Vaccination North-Western Provinces 1866-1877 - 1866-1877
Year: 1866
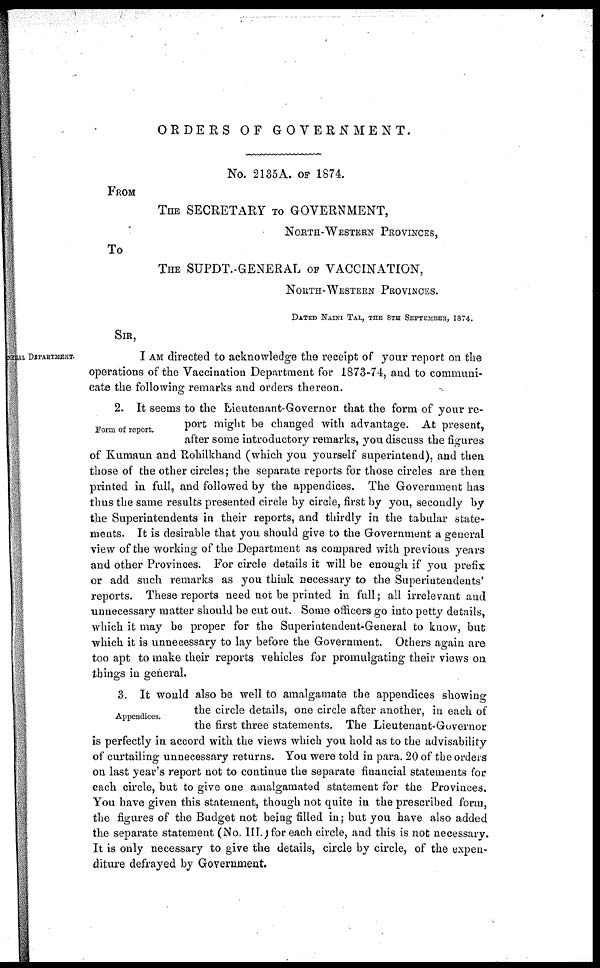
ORDERS OF
GOVERNMENT.
No. 2135A. OF 1874.
FROM
THE SECRETARY TO GOVERNMENT,
NORTH-WESTERN PROVINCES,
To
THE SUPDT.-GENERAL OF VACCINATION,
NORTH-WESTERN PROVINCES.
DATED NAINI TAL, THE 8TH SEPTEMBER, 1874.
SIR,
GENERAL DEPARTMENT.
I AM directed to acknowledge the receipt of your report on the
operations of the Vaccination Department for 1873-74, and to communi-
cate the following remarks and orders thereon.
Form of report.
2. It seems to the Lieutenant-Governor that the form of your re-
port might be changed with advantage. At present,
after some introductory remarks, you discuss the figures
of Kumaun and Rohilkhand (which you yourself superintend), and then
those of the other circles; the separate reports for those circles are then
printed in full, and followed by the appendices. The Government has
thus the same results presented circle by circle, first by you, secondly by
the Superintendents in their reports, and thirdly in the tabular state-
ments. It is desirable that you should give to the Government a general
view of the working of the Department as compared with previous years
and other Provinces. For circle details it will be enough if you prefix
or add such remarks as you think necessary to the Superintendents'
reports. These reports need not be printed in full; all irrelevant and
unnecessary matter should be cut out. Some officers go into petty details,
which it may be proper for the Superintendent-General to know, but
which it is unnecessary to lay before the Government. Others again are
too apt to make their reports vehicles for promulgating their views on
things in general.
Appendices.
3. It would also be well to amalgamate the appendices showing
the circle details, one circle after another, in each of
the first three statements. The Lieutenant-Governor
is perfectly in accord with the views which you hold as to the advisability
of curtailing unnecessary returns. You were told in para. 20 of the orders
on last year's report not to continue the separate financial statements for
each circle, but to give one amalgamated statement for the Provinces.
You have given this statement, though not quite in the prescribed form,
the figures of the Budget not being filled in; but you have also added
the separate statement (No. III.) for each circle, and this is not necessary.
It is only necessary to give the details, circle by circle, of the expen-
diture defrayed by Government.